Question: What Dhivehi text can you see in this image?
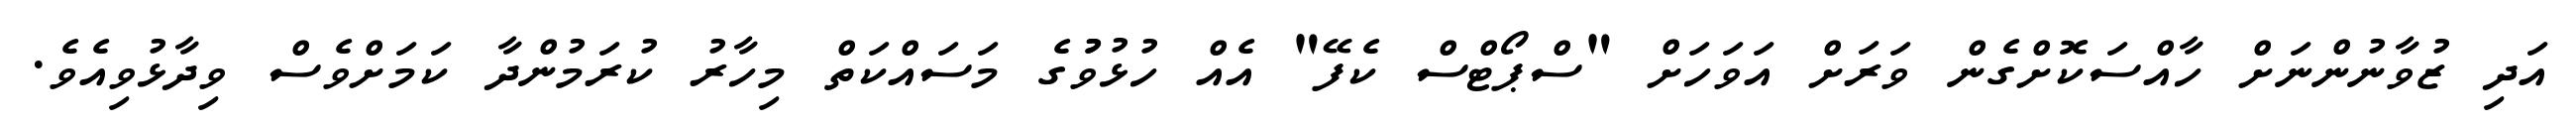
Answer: އަދި ޒުވާނުންނަށް ހާއްސަކޮށްގެން ވަރަށް އަވަހަށް "ސްޕޯޓްސް ކެފޭ" އެއް ހުޅުވުުގެ މަސައްކަތް މިހާރު ކުރަމުންދާ ކަމަށްވެސް ވިދާޅުވިއެވެ.